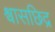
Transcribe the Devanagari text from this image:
श्वासछिद्र